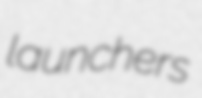
launchers